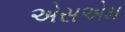
એસએમ